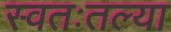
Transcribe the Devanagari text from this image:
स्वतःतल्या